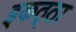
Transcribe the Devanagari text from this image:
इकठ्‍ठा